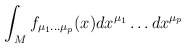
\begin{align*}\int_{M} f_{\mu_1 \dots \mu_p} (x)dx^{\mu_1} \dots dx^{\mu_p}\end{align*}